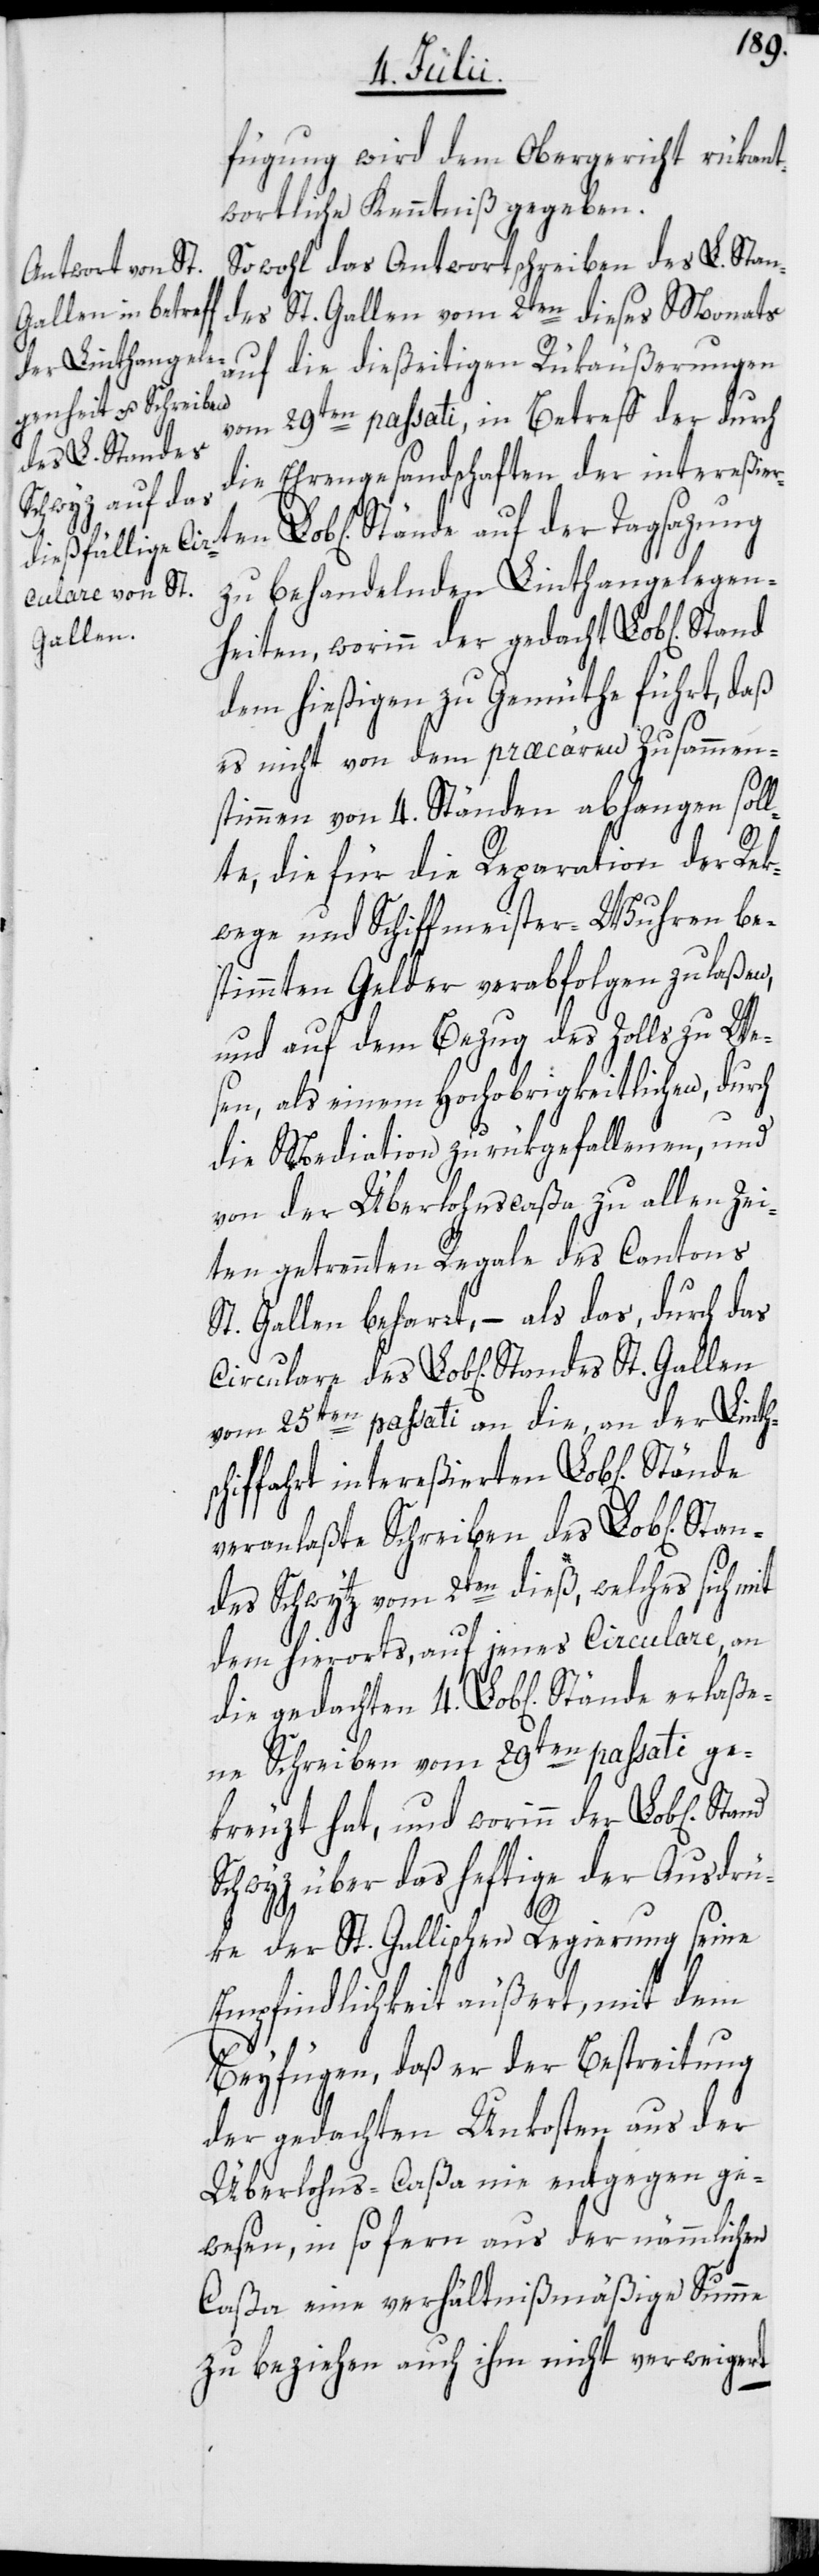
fügung wird dem Obergericht rükant¬
wortliche Kenntniß gegeben.
Sowohl das Antwortschreiben des L. Stan¬
des St. Gallen vom 2ten dieses Monats
auf die dießeitigen Rükäußerungen
vom 29ten passati, in Betreff der durch
die Ehrengesand[t]schaften der intereßier¬
Stände auf der
zu behandelnden Linthangelegen¬
Gallen
heiten, worinn der gedacht Lob[liche]
dem hießigen zu Gemüthe führt, daß
es nicht von dem præcären Zusammen¬
stimmen von 4. Ständen abhangen soll¬
te, die für die Reparation der Rek¬
wege und Schiffmeister-Wuhren be¬
stimmten Gelder verabfolgen zu laßen,
und auf dem Bezug des Zolls zu We¬
sen, als einem Hochobrigkeitlichen, durch
die Mediation zurükgefallenen, und
von der Überlohnscaßa zu allen Zei¬
ten getrennten Regale des Cantons
St. Gallen beharrt, – als das, durch das
vom 25ten passati an die, an der Linth¬
hiffahrt intereßierten Lob[lichen]
veranlaßte Schreiben des Lob[lichen]
ndes Schwytz vom 2ten dieß, welches sich mit
dem hierorts, auf jenes Circulare, an
Schreiben vom 29ten passati ge¬
kreuzt hat, und worinn der Lob[liche]
Schwyz über das heftige der Ausdrü¬
ke der St. Gallischen Regierung seine
Empfindlichkeit äußert, mit dem
4.
Beyfügen, daß er der Bestreitung
der gedachten Unkosten aus der
Überlohns-Caßa nie entgegen ge¬
wesen, in so fern aus der nämmlichen
Caßa eine verhältnißmäßige Summe
zu beziehen auch ihm nicht verweigert